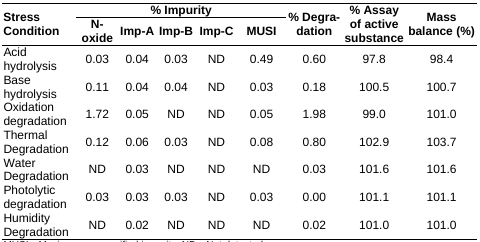
<table><thead><tr><td rowspan="2"><b>Stress Condition</b></td><td colspan="5"><b>% Impurity</b></td><td rowspan="2"><b>% Degradation</b></td><td rowspan="2"><b>% Assay of active substance</b></td><td rowspan="2"><b>Mass balance (%)</b></td></tr><tr><td><b>N-oxide</b></td><td><b>Imp-A</b></td><td><b>Imp-B</b></td><td><b>Imp-C</b></td><td><b>MUSI</b></td></tr></thead><tbody><tr><td>Acid hydrolysis</td><td>0.03</td><td>0.04</td><td>0.03</td><td>ND</td><td>0.49</td><td>0.60</td><td>97.8</td><td>98.4</td></tr><tr><td>Base hydrolysis</td><td>0.11</td><td>0.04</td><td>0.04</td><td>ND</td><td>0.03</td><td>0.18</td><td>100.5</td><td>100.7</td></tr><tr><td>Oxidation degradation</td><td>1.72</td><td>0.05</td><td>ND</td><td>ND</td><td>0.05</td><td>1.98</td><td>99.0</td><td>101.0</td></tr><tr><td>Thermal Degradation</td><td>0.12</td><td>0.06</td><td>0.03</td><td>ND</td><td>0.08</td><td>0.80</td><td>102.9</td><td>103.7</td></tr><tr><td>Water Degradation</td><td>ND</td><td>0.03</td><td>ND</td><td>ND</td><td>ND</td><td>0.03</td><td>101.6</td><td>101.6</td></tr><tr><td>Photolytic degradation</td><td>0.03</td><td>0.03</td><td>0.03</td><td>ND</td><td>0.03</td><td>0.00</td><td>101.1</td><td>101.1</td></tr><tr><td>Humidity Degradation</td><td>ND</td><td>0.02</td><td>ND</td><td>ND</td><td>ND</td><td>0.02</td><td>101.0</td><td>101.0</td></tr></tbody></table>